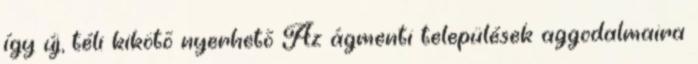
így új, téli kikötõ nyerhetõ Az ágmenti települések aggodalmaira